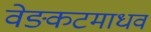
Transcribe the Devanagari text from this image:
वेङ्कटमाधव